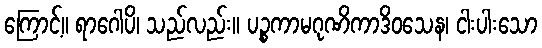
ကြောင့်။ ရာဂေါပိ၊ သည်လည်း။ ပဉ္စကာမဂုဏိကာဒိဝသေန၊ ငါးပါးသော